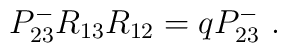
P^{-}_{23}R_{13}R_{12}=qP^{-}_{23}~.